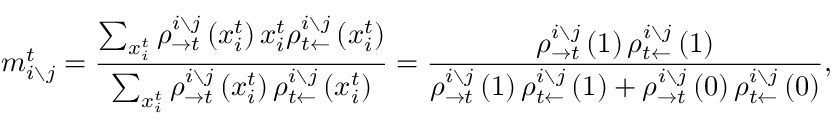
m _ { i \setminus j } ^ { t } = \frac { \sum _ { x _ { i } ^ { t } } \rho _ { \rightarrow t } ^ { i \setminus j } \left( x _ { i } ^ { t } \right) x _ { i } ^ { t } \rho _ { t \leftarrow } ^ { i \setminus j } \left( x _ { i } ^ { t } \right) } { \sum _ { x _ { i } ^ { t } } \rho _ { \rightarrow t } ^ { i \setminus j } \left( x _ { i } ^ { t } \right) \rho _ { t \leftarrow } ^ { i \setminus j } \left( x _ { i } ^ { t } \right) } = \frac { \rho _ { \rightarrow t } ^ { i \setminus j } \left( 1 \right) \rho _ { t \leftarrow } ^ { i \setminus j } \left( 1 \right) } { \rho _ { \rightarrow t } ^ { i \setminus j } \left( 1 \right) \rho _ { t \leftarrow } ^ { i \setminus j } \left( 1 \right) + \rho _ { \rightarrow t } ^ { i \setminus j } \left( 0 \right) \rho _ { t \leftarrow } ^ { i \setminus j } \left( 0 \right) } ,